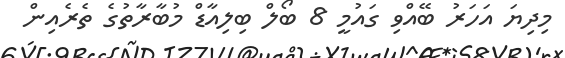
މިދިޔަ އަހަރު ބޭއްވި ގައުމީ 8 ބޯލް ބިލިއާޑް މުބާރާތުގެ ތެރެއިން